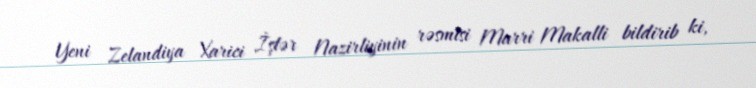
Yeni Zelandiya Xarici İşlər Nazirliyinin rəsmisi Marri Makalli bildirib ki,